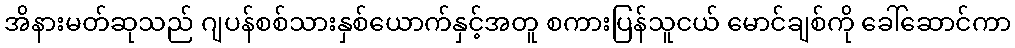
အိနားမတ်ဆုသည် ဂျပန်စစ်သားနှစ်ယောက်နှင့်အတူ စကားပြန်သူငယ် မောင်ချစ်ကို ခေါ်ဆောင်ကာ